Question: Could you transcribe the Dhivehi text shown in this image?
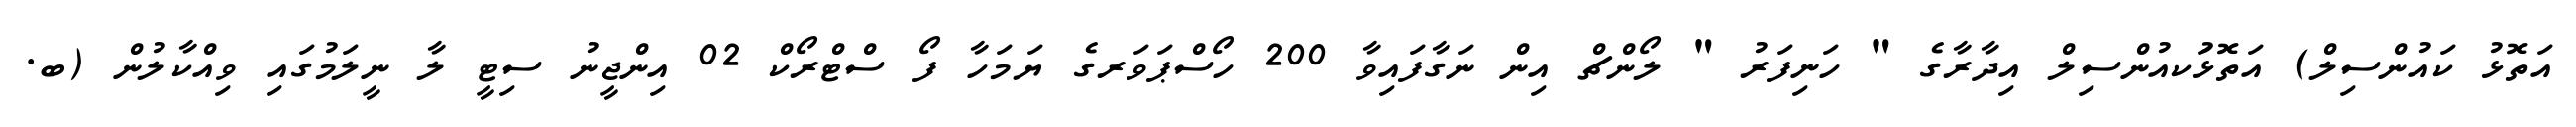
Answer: އަތޮޅު ކައުންސިލް) އަތޮޅުަކއުންސިލް އިދާރާގެ " ހަނިފަރު " ލޯންޗް އިން ނަގާފައިވާ 200 ހޯސްޕަވަރގެ ޔަމަހާ ފޯ ސްޓްރޯކް 02 އިންޖީނު ސިޓީ ލާ ނީލަމުގައި ވިއްކާލުން (ބ.